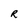
Character: R